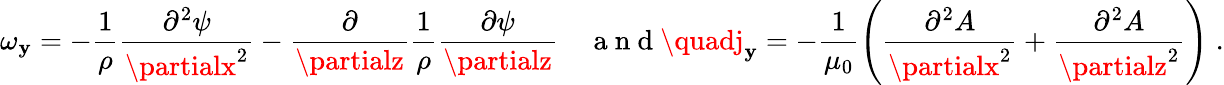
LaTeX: \omega_{\mathbf{y}}=-\frac{{1}}{{\rho}}\frac{{\partial^{2}\psi}}{{\partialx^{2}}}-\frac{{\partial}}{{\partialz}}\frac{{1}}{{\rho}}\frac{{\partial\psi}}{{\partialz}}\quad\mathrm{{~a~n~d~}}\quadj_{\mathbf{y}}=-\frac{{1}}{{\mu_{0}}}\left(\frac{{\partial^{2}A}}{{\partialx^{2}}}+\frac{{\partial^{2}A}}{{\partialz^{2}}}\right)\; .